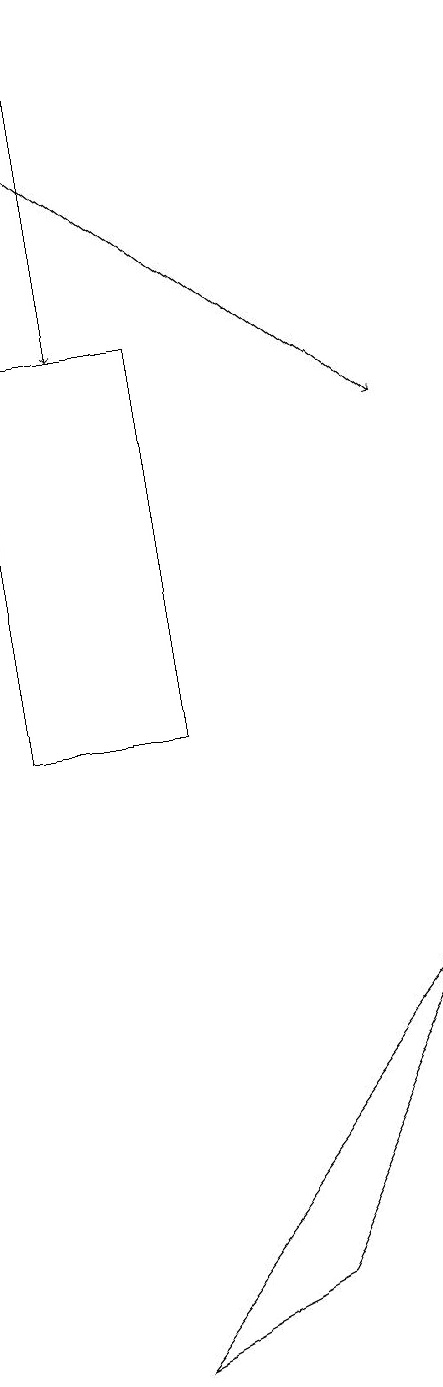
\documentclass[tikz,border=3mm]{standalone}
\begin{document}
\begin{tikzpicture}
\draw (3,3) -- (1,2) -- (5,7) -- cycle;
\draw (2,15) rectangle (0,10);
\draw[->] (1,19) -- (1,15);
\draw[->] (0,18) -- (5,14);
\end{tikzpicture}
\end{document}